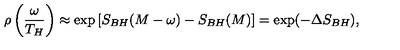
\rho \left( \frac { \omega } { T _ { H } } \right) \approx \exp \left[ S _ { B H } ( M - \omega ) - S _ { B H } ( M ) \right] = \exp ( - \Delta S _ { B H } ) ,